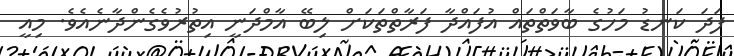
ފަދަ ކަނޑު މަހުގެ ބާވަތްތައް އުފައްދާ ފަރާތްތަކަށް ލިބޭ އާމްދަނީ އިތުރުވެގެންދާނެއެވެ. މިއީ